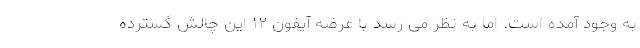
به وجود آمده است. اما به نظر می رسد با عرضه آیفون ۱۲ این چالش گسترده